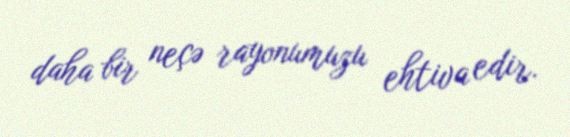
daha bir neçə rayonumuzu ehtiva edir.